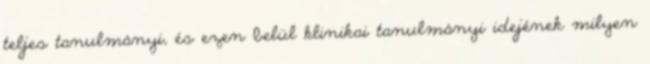
teljes tanulmányi, és ezen belül klinikai tanulmányi idejének milyen